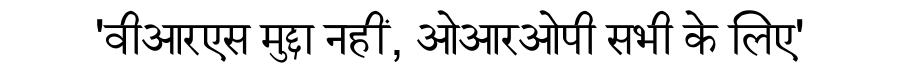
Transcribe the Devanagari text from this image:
'वीआरएस मुद्दा नहीं, ओआरओपी सभी के लिए'